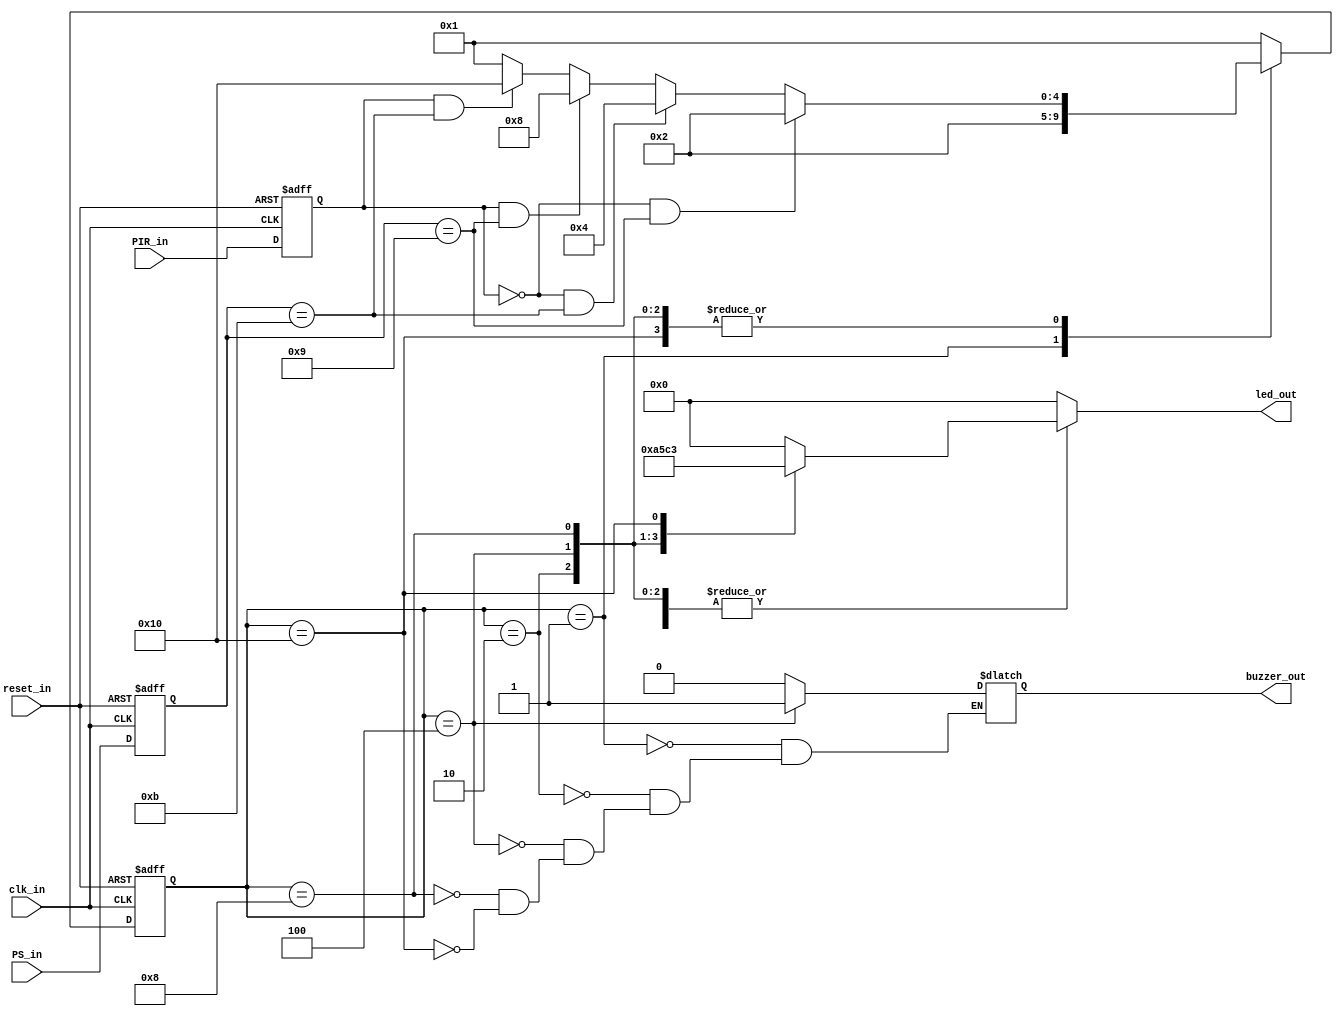
// Code your design here

`define logic0=9;      // taken logic0 as lessthan 10
`define logic1=11;     // taken  logic1 as greater than 10


module led_sequence(input clk_in,reset_in,PIR_in,input [4:0]PS_in,output reg [3:0]led_out,output reg buzzer_out);  // PS_in ip is 0 or 1 PIR_in ip is leesthan or greater or equal to 10
parameter  IDLE=5'b00001, 
            S0=5'b00010, 
             S1=5'b00100,
            S2=5'b01000, 
            S3=5'b10000;
localparam logic0=9,logic1=11;

reg [4:0] present_state, next_state; // present state and next state handling registers to store states
													// sequential memory of the Moore FSM

reg present_PIR_in,next_PIR_in; // P IR sensor ip taken in Dffs
reg [4:0]present_PS_in,next_PS_in; // Photo Sensor ip taken in Dffs

reg present_buzzer,next_buzzer; // buzzer op data storing in Dffs with same dimension

reg [3:0]present_led_out,next_led_out;  // led o/p data storing in Dffs with same dimension


always@(posedge clk_in,negedge reset_in)
begin
 					 if(reset_in==0) begin 
							 present_state <= IDLE;								// when reset_in=0,  the state of the FSM to "IDLE" State
							 {present_led_out,present_buzzer,present_PS_in,present_PIR_in}<=0; 			 // make all ips and ops to zero
							$display(" present_led_out=%d ,present_buzzer=%b ,present_PS_in=%b ,present_PIR_in=%b",present_led_out,present_buzzer,present_PS_in,present_PIR_in);
 							 end
					 else 
						begin
						present_state <= next_state; 
						present_led_out <= next_led_out;
						present_buzzer <=next_buzzer;
						present_PS_in <=next_PS_in;
						present_PIR_in <=next_PIR_in;
						end 
end
// combinational logic of the Moore FSM  to determine next state 

always@(present_state)
begin						
						next_state = present_state;  			// default taken
						next_led_out = present_led_out;
						next_buzzer = present_buzzer;

						next_PS_in = PS_in;                                  // ip taken here 
						next_PIR_in =PIR_in;                                 // ip taken here

			 case(present_state) 
					  IDLE : begin
							next_led_out=4'b0000;
							next_buzzer=1'b0;
							next_state=S0;
						end

 					  S0: begin
							next_led_out=4'b1010;
							next_buzzer=1'b0;
							next_state=stateselector(present_PIR_in,present_PS_in);
						end
 					  S1: begin 
							next_led_out=4'b0101;
							next_buzzer=1'b1;
							next_state=stateselector(present_PIR_in,present_PS_in);
							
						end
 					  S2: begin 
							next_led_out=4'b1100;
							next_buzzer=1'b0;
							next_state=stateselector(present_PIR_in,present_PS_in);
							
						end
 					  S3: begin 
							next_led_out=4'b0011;
							next_buzzer=1'b0;
							next_state=stateselector(present_PIR_in,present_PS_in);
							
						end
 		
					 default: begin 
							next_state = IDLE; 
							next_led_out=4'b0000;
							next_buzzer=1'b0;


						  end
			 endcase
end
				// op logic 
function [4:0]stateselector;
input present_PIR_in;
input [4:0]present_PS_in;
begin
						if((present_PIR_in==0) && (present_PS_in==logic0))
							begin
							stateselector=S0;
							end

						else if((present_PIR_in==0) && (present_PS_in==logic1))
							begin
							stateselector=S1;
							end

						else if((present_PIR_in==1) && (present_PS_in==logic0))
							begin
							stateselector=S2;		
							end

						else if((present_PIR_in==1) && (present_PS_in==logic1))
							begin
							stateselector=S3;	
							end

						else
							begin
							stateselector=IDLE;		
							end

end
endfunction


							//  combinational logic to determine the output of moore FSM op only depend on present state  



always @(present_state)
begin 
						 case(present_state) 
						 IDLE:  begin  led_out = next_led_out; buzzer_out=next_buzzer;    end
 						 S0:    begin  led_out = next_led_out; buzzer_out=next_buzzer;    end
						 S1:    begin  led_out = next_led_out; buzzer_out=next_buzzer;    end
						 S2:    begin  led_out = next_led_out; buzzer_out=next_buzzer;    end
						 S3:   begin  led_out = next_led_out; buzzer_out=next_buzzer;    end

						 default:  led_out =4'b0000;  // buzzer_out=1'b0;  

						 endcase
end 



endmodule